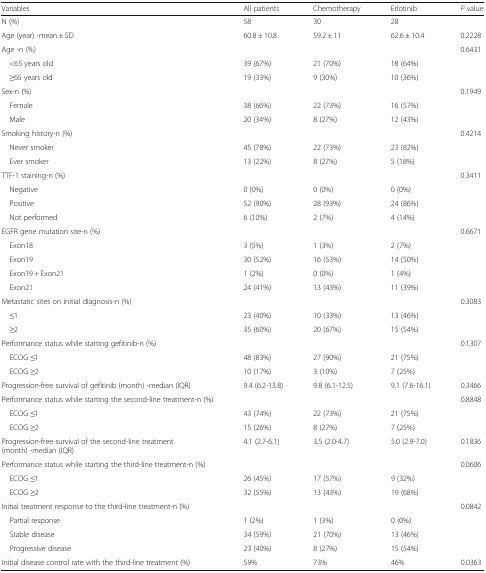
<table><thead><tr><td><b>Variables</b></td><td><b>All patients</b></td><td><b>Chemotherapy</b></td><td><b>Erlotinib</b></td><td><b><i>P</i> value</b></td></tr></thead><tbody><tr><td>N (%)</td><td>58</td><td>30</td><td>28</td><td>[EMPTY_CELL]</td></tr><tr><td>Age (year) -mean ± SD</td><td>60.8 ± 10.8</td><td>59.2 ± 11</td><td>62.6 ± 10.4</td><td>0.2228</td></tr><tr><td>Age -n (%)</td><td>[EMPTY_CELL]</td><td>[EMPTY_CELL]</td><td>[EMPTY_CELL]</td><td>0.6431</td></tr><tr><td> &lt;65 years old</td><td>39 (67%)</td><td>21 (70%)</td><td>18 (64%)</td><td>[EMPTY_CELL]</td></tr><tr><td> ≥65 years old</td><td>19 (33%)</td><td>9 (30%)</td><td>10 (36%)</td><td>[EMPTY_CELL]</td></tr><tr><td>Sex-n (%)</td><td>[EMPTY_CELL]</td><td>[EMPTY_CELL]</td><td>[EMPTY_CELL]</td><td>0.1949</td></tr><tr><td> Female</td><td>38 (66%)</td><td>22 (73%)</td><td>16 (57%)</td><td>[EMPTY_CELL]</td></tr><tr><td> Male</td><td>20 (34%)</td><td>8 (27%)</td><td>12 (43%)</td><td>[EMPTY_CELL]</td></tr><tr><td>Smoking history-n (%)</td><td>[EMPTY_CELL]</td><td>[EMPTY_CELL]</td><td>[EMPTY_CELL]</td><td>0.4214</td></tr><tr><td> Never smoker</td><td>45 (78%)</td><td>22 (73%)</td><td>23 (82%)</td><td>[EMPTY_CELL]</td></tr><tr><td> Ever smoker</td><td>13 (22%)</td><td>8 (27%)</td><td>5 (18%)</td><td>[EMPTY_CELL]</td></tr><tr><td>TTF-1 staining-n (%)</td><td>[EMPTY_CELL]</td><td>[EMPTY_CELL]</td><td>[EMPTY_CELL]</td><td>0.3411</td></tr><tr><td> Negative</td><td>0 (0%)</td><td>0 (0%)</td><td>0 (0%)</td><td>[EMPTY_CELL]</td></tr><tr><td> Positive</td><td>52 (90%)</td><td>28 (93%)</td><td>24 (86%)</td><td>[EMPTY_CELL]</td></tr><tr><td> Not performed</td><td>6 (10%)</td><td>2 (7%)</td><td>4 (14%)</td><td>[EMPTY_CELL]</td></tr><tr><td>EGFR gene mutation site-n (%)</td><td>[EMPTY_CELL]</td><td>[EMPTY_CELL]</td><td>[EMPTY_CELL]</td><td>0.6671</td></tr><tr><td> Exon18</td><td>3 (5%)</td><td>1 (3%)</td><td>2 (7%)</td><td>[EMPTY_CELL]</td></tr><tr><td> Exon19</td><td>30 (52%)</td><td>16 (53%)</td><td>14 (50%)</td><td>[EMPTY_CELL]</td></tr><tr><td> Exon19 + Exon21</td><td>1 (2%)</td><td>0 (0%)</td><td>1 (4%)</td><td>[EMPTY_CELL]</td></tr><tr><td> Exon21</td><td>24 (41%)</td><td>13 (43%)</td><td>11 (39%)</td><td>[EMPTY_CELL]</td></tr><tr><td>Metastatic sites on initial diagnosis-n (%)</td><td>[EMPTY_CELL]</td><td>[EMPTY_CELL]</td><td>[EMPTY_CELL]</td><td>0.3083</td></tr><tr><td> ≤1</td><td>23 (40%)</td><td>10 (33%)</td><td>13 (46%)</td><td>[EMPTY_CELL]</td></tr><tr><td> ≥2</td><td>35 (60%)</td><td>20 (67%)</td><td>15 (54%)</td><td>[EMPTY_CELL]</td></tr><tr><td>Performance status while starting gefitinib-n (%)</td><td>[EMPTY_CELL]</td><td>[EMPTY_CELL]</td><td>[EMPTY_CELL]</td><td>0.1307</td></tr><tr><td> ECOG ≤1</td><td>48 (83%)</td><td>27 (90%)</td><td>21 (75%)</td><td>[EMPTY_CELL]</td></tr><tr><td> ECOG ≥2</td><td>10 (17%)</td><td>3 (10%)</td><td>7 (25%)</td><td>[EMPTY_CELL]</td></tr><tr><td>Progression-free survival of gefitinib (month) -median (IQR)</td><td>9.4 (6.2-13.8)</td><td>9.8 (6.1-12.5)</td><td>9.1 (7.6-16.1)</td><td>0.3466</td></tr><tr><td>Performance status while starting the second-line treatment-n (%)</td><td>[EMPTY_CELL]</td><td>[EMPTY_CELL]</td><td>[EMPTY_CELL]</td><td>0.8848</td></tr><tr><td> ECOG ≤1</td><td>43 (74%)</td><td>22 (73%)</td><td>21 (75%)</td><td>[EMPTY_CELL]</td></tr><tr><td> ECOG ≥2</td><td>15 (26%)</td><td>8 (27%)</td><td>7 (25%)</td><td>[EMPTY_CELL]</td></tr><tr><td>Progression-free survival of the second-line treatment (month) -median (IQR)</td><td>4.1 (2.7-6.1)</td><td>3.5 (2.0-4.7)</td><td>5.0 (2.9-7.0)</td><td>0.1836</td></tr><tr><td>Performance status while starting the third-line treatment-n (%)</td><td>[EMPTY_CELL]</td><td>[EMPTY_CELL]</td><td>[EMPTY_CELL]</td><td>0.0606</td></tr><tr><td> ECOG ≤1</td><td>26 (45%)</td><td>17 (57%)</td><td>9 (32%)</td><td>[EMPTY_CELL]</td></tr><tr><td> ECOG ≥2</td><td>32 (55%)</td><td>13 (43%)</td><td>19 (68%)</td><td>[EMPTY_CELL]</td></tr><tr><td>Initial treatment response to the third-line treatment-n (%)</td><td>[EMPTY_CELL]</td><td>[EMPTY_CELL]</td><td>[EMPTY_CELL]</td><td>0.0842</td></tr><tr><td> Partial response</td><td>1 (2%)</td><td>1 (3%)</td><td>0 (0%)</td><td>[EMPTY_CELL]</td></tr><tr><td> Stable disease</td><td>34 (59%)</td><td>21 (70%)</td><td>13 (46%)</td><td>[EMPTY_CELL]</td></tr><tr><td> Progressive disease</td><td>23 (40%)</td><td>8 (27%)</td><td>15 (54%)</td><td>[EMPTY_CELL]</td></tr><tr><td>Initial disease control rate with the third-line treatment (%)</td><td>59%</td><td>73%</td><td>46%</td><td>0.0363</td></tr></tbody></table>